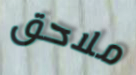
ملاحق